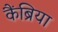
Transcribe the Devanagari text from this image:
कैंब्रिया